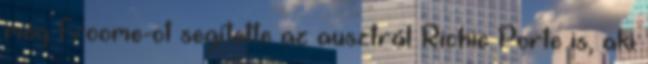
még Froome-ot segítette az ausztrál Richie Porte is, aki